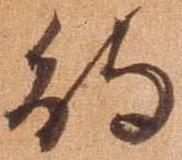
待